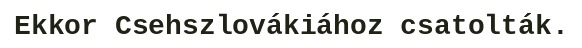
Ekkor Csehszlovákiához csatolták.